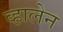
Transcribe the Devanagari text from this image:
व्हालेन